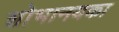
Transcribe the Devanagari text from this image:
शोभानयका